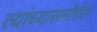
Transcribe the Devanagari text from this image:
त्यांच्यासमोरील